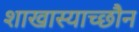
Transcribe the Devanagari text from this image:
शाखास्याच्छौन